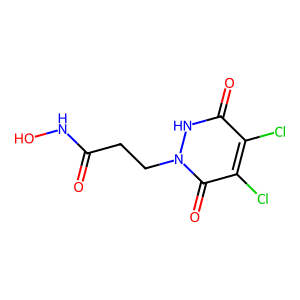
SMILES: O=C(CCn1[nH]c(=O)c(Cl)c(Cl)c1=O)NO
Inhibits HIV replication: No